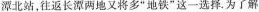
潭北站，往返长潭两地又将多”地铁”这一选择.为了解